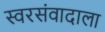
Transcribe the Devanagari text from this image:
स्वरसंवादाला